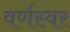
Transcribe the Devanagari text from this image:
वर्णस्वर